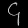
Digit: ၄